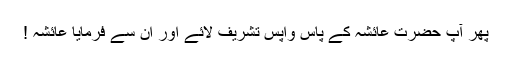
پھر آپؐ حضرت عائشہؓ کے پاس واپس تشریف لائے اور ان سے فرمایا عائشہ !